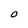
Character: O